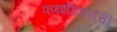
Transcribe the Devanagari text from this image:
पणशीकरांची